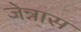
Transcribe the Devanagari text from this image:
जेन्नास